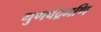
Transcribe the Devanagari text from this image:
गुणचंद्रमणि